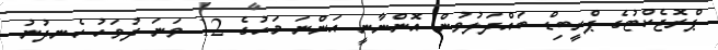
ޕްރޮޖެކްޓުގެ ޕްރީބިޑް ބައްދަލުވުން އޮންނާނީ އަންނަ މަހުގެ 12 ވަނަ ދުވަހު ހެނދުނު